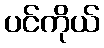
ပင်ကိုယ်